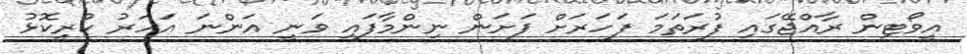
އީވޯޓިން ރާއްޖޭގައި ފުރަތަމަ ފަހަރަށް ފަށަން ނިންމާފައި ވަނީ އަންނަ އަހަރު ކުރީކޮޅު